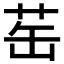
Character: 𬜪